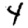
Digit: 4